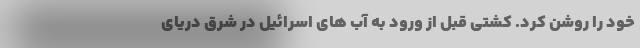
خود را روشن کرد. کشتی قبل از ورود به آب های اسرائیل در شرق دریای